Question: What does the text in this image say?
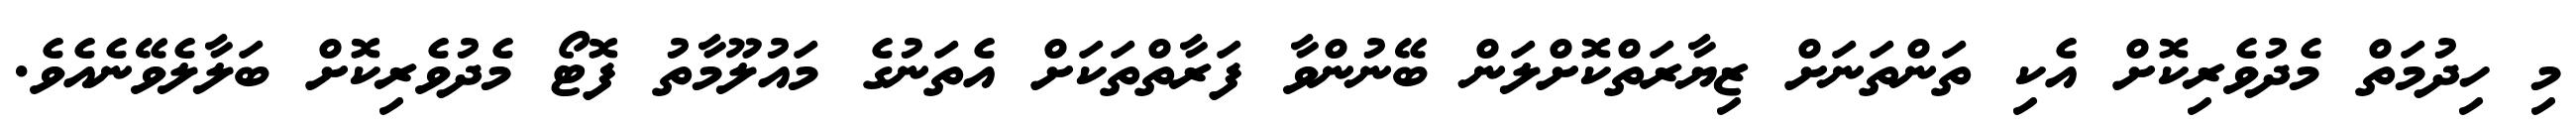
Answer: މި ހިދުމަތް މެދުވެރިކޮށް އެކި ތަންތަނަށް ޒިޔާރަތްކޮށްލަން ބޭނުންވާ ފަރާތްތަކަށް އެތަނުގެ މައުލޫމާތު ފޮޓޯ މެދުވެރިކޮށް ބަލާލެވޭނެއެވެ.